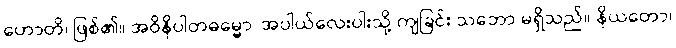
ဟောတိ၊ ဖြစ်၏။ အဝိနိပါတဓမ္မော၊ အပါယ်လေးပါးသို့ ကျခြင်း သဘော မရှိသည်။ နိယတော၊